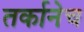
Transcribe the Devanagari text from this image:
तर्कानेच